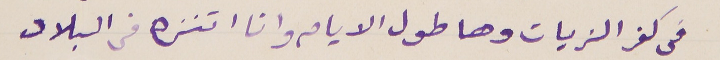
فى كفر الزيات وها طول الايام وانا اتنزه فى البلاد